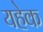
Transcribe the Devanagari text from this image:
यहेक